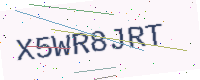
Text: X5WR8JRT